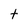
Character: t